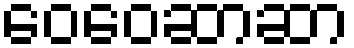
ဝေဝေဆာဆာ